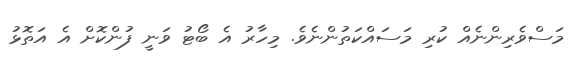
މަސްވެރިންނެއް ކުރި މަސައްކަތުންނެވެ. މިހާރު އެ ބޯޓު ވަނީ ފުންކޮށް އެ އަތޮޅު